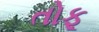
તોફૂ